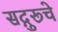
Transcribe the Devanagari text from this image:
सद्गुरूचे